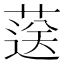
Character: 𦷴